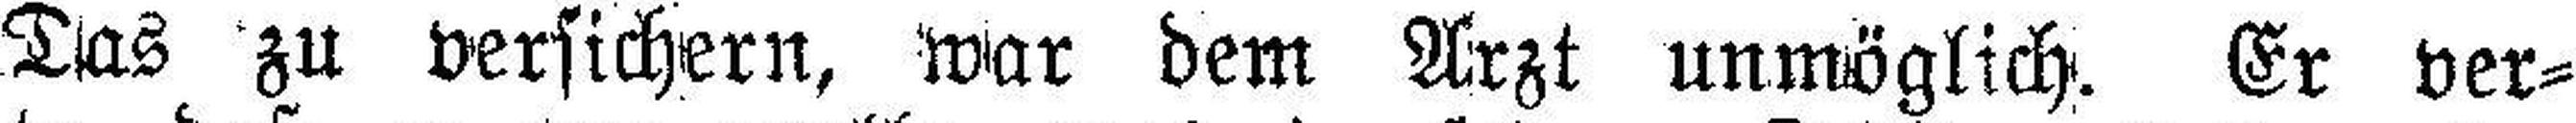
Das zu versichern, war dem Arzt unmöglich. Er ver¬